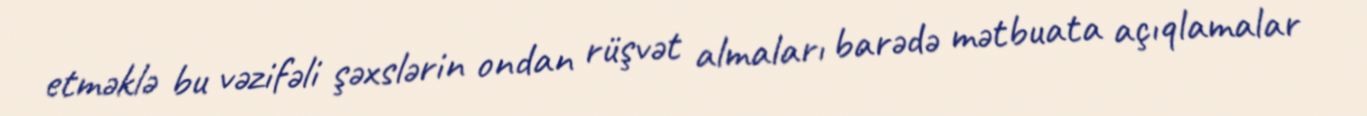
etməklə bu vəzifəli şəxslərin ondan rüşvət almaları barədə mətbuata açıqlamalar